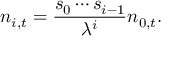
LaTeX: n _ { i , t } = { \frac { s _ { 0 } \cdots s _ { i - 1 } } { \lambda ^ { i } } } n _ { 0 , t } .